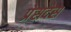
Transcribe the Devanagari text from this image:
प्रेसदेस